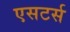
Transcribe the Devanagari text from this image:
एसटर्स